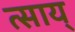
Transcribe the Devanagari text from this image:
त्साय्